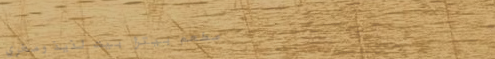
مطعم بيتزا بيت لذيذ ومغري